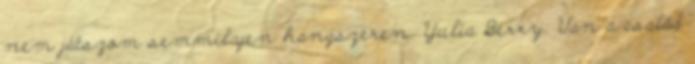
nem játszom semmilyen hangszeren. Yulia Berry: Van a család